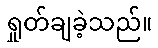
ရှုတ်ချခဲ့သည်။